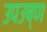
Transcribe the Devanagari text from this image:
उपउष्ण